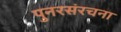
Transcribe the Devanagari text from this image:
पुनरसंरचना